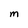
Character: M